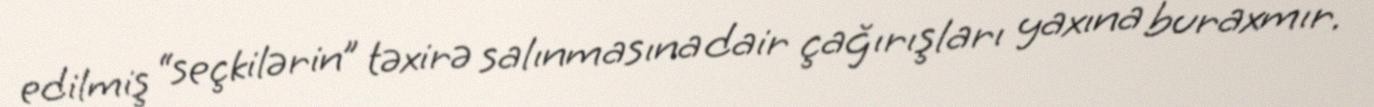
edilmiş “seçkilərin” təxirə salınmasına dair çağırışları yaxına buraxmır.